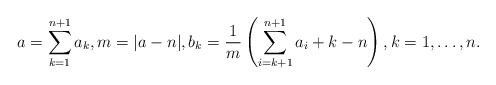
\begin{align*}a=\sum_{k=1}^{n+1}a_k, m= |a-n|,b_k= \frac{1}{m}\left(\sum_{i=k+1}^{n+1}a_i+k-n\right), k=1, \dots, n. \end{align*}